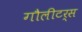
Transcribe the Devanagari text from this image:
गौलीटर्स